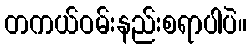
တကယ်ဝမ်းနည်းစရာပါပဲ။